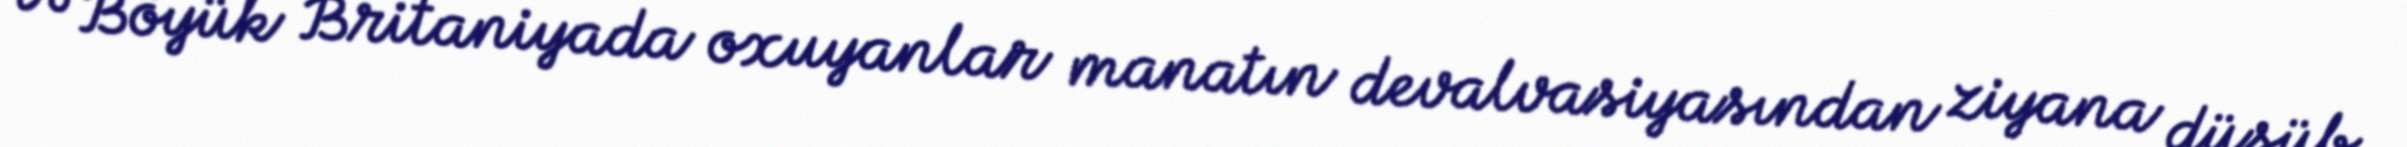
və Böyük Britaniyada oxuyanlar manatın devalvasiyasından ziyana düşüb.